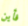
فأين